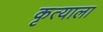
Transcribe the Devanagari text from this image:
कृत्याला